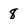
Character: 8